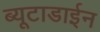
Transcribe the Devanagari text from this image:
ब्यूटाडाईन